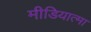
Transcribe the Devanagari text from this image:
मीडियात्मा